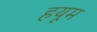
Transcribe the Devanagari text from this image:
हयूम